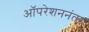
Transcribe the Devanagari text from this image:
ऑपरेशननंतर